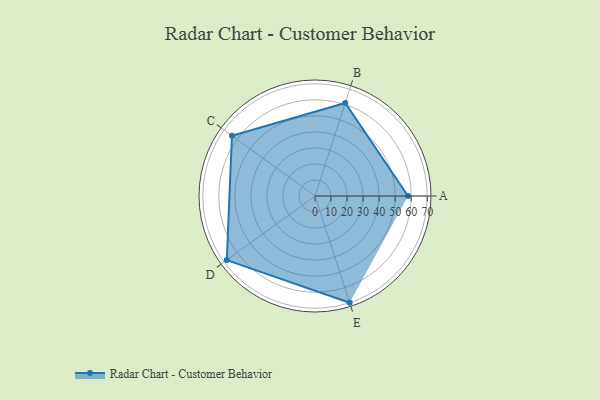
{"axis": {"x": "Skill", "y": "Score"}, "legend": ["Profile"], "data": [{"x": "A", "y": 58.0, "type": "Profile"}, {"x": "B", "y": 61.0, "type": "Profile"}, {"x": "C", "y": 64.0, "type": "Profile"}, {"x": "D", "y": 68.0, "type": "Profile"}, {"x": "E", "y": 70.0, "type": "Profile"}]}